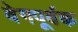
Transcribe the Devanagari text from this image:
वेगपूर्वक